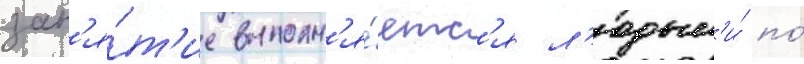
зан'я́т'ие выполн'я́етс'я л'юдьм'и́ по́